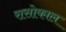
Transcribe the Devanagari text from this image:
रासोकाल